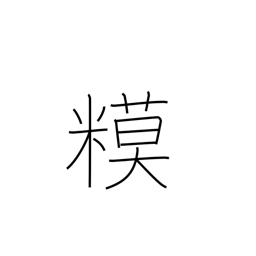
Meaning: rice snacks